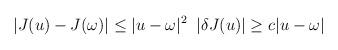
LaTeX: \begin{align*}\vert J(u)-J(\omega)\vert \leq \vert u-\omega\vert^{2}\;\;\vert \delta J(u)\vert \geq c\vert u-\omega\vert\end{align*}